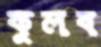
কুলব